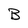
Character: B